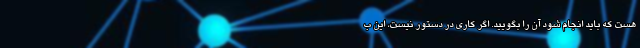
هست که باید انجام شود آن را بگویید. اگر کاری در دستور نیست، این ب